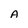
Character: A